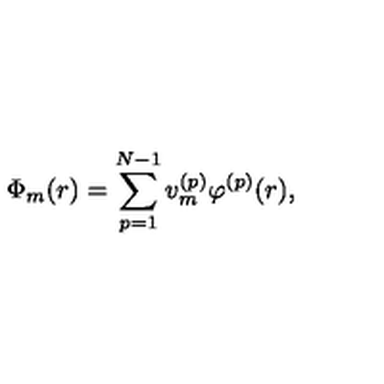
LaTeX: \Phi _ { m } ( r ) = \sum _ { p = 1 } ^ { N - 1 } v _ { m } ^ { ( p ) } \varphi ^ { ( p ) } ( r ) ,